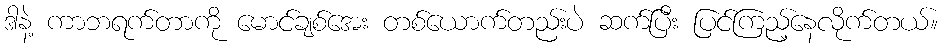
ဒါနဲ့ ကာဘရက်တာကို မောင်ချစ်အေး တစ်ယောက်တည်းပဲ ဆက်ပြီး ပြင်ကြည့်နေလိုက်တယ်။